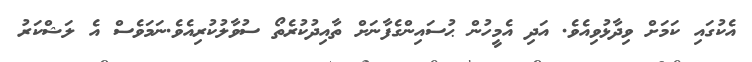
އެކުގައި ކަމަށް ވިދާޅުވިއެވެ. އަދި އެމީހުން ޙުސައިންގެފާނަށް ތާއިދުކުރެތޯ ސުވާލުކުރިއެވެ.ނަމަވެސް އެ ލަޝްކަރު